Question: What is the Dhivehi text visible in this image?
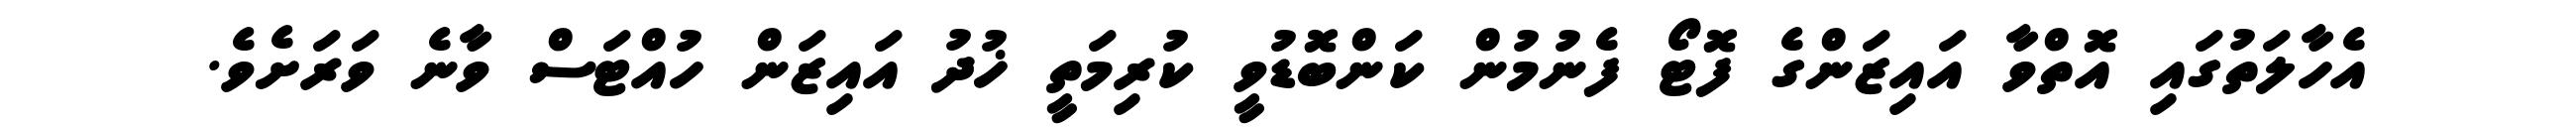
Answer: އެހާލަތުގައި އޮތްވާ އައިޒަންގެ ފޮޓޯ ފެނުމުން ކަންބޮޑުވީ ކުރިމަތީ ޚުދު އައިޒަން ހުއްޓަސް ވާނެ ވަރަށެވެ.